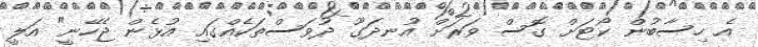
އެ ހިސާބުން ކޯޓަށް ގޮސް ވަރަށް އުނދަގޫ ދުވަސްތަކެއްގައި އުޅެން ޖެހޭނީ" އަލީ